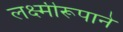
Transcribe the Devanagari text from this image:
लक्ष्मीरूपाने